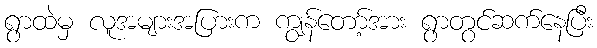
ရွာထဲမှ လူအများအပြားက ကျွန်တော့်အား ရွာတွင်ဆက်နေပြီး